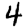
Digit: 4